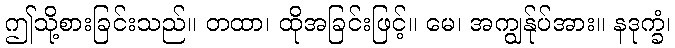
ဤသို့စားခြင်းသည်။ တထာ၊ ထိုအခြင်းဖြင့်။ မေ၊ အကျွန်ုပ်အား။ နဒုက္ခံ၊